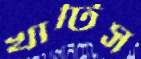
খাটিস